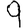
Digit: 9